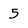
Character: 5